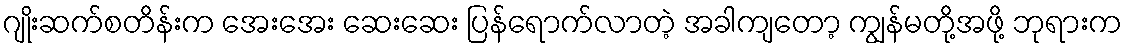
ဂျိုးဆက်စတိန်းက အေးအေး ဆေးဆေး ပြန်ရောက်လာတဲ့ အခါကျတော့ ကျွန်မတို့အဖို့ ဘုရားက